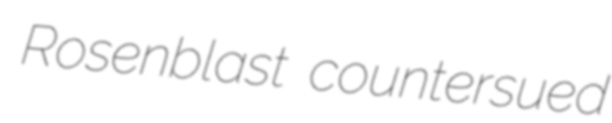
Rosenblast countersued